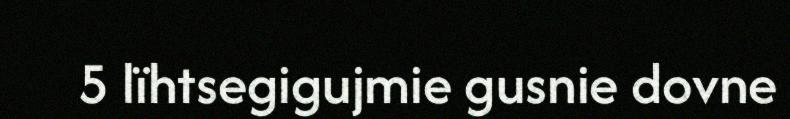
5 lïhtsegigujmie gusnie dovne